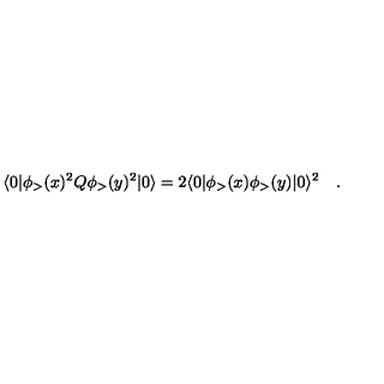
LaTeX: \langle 0 | \phi _ { > } ( x ) ^ { 2 } Q \phi _ { > } ( y ) ^ { 2 } | 0 \rangle = 2 \langle 0 | \phi _ { > } ( x ) \phi _ { > } ( y ) | 0 \rangle ^ { 2 } \quad .